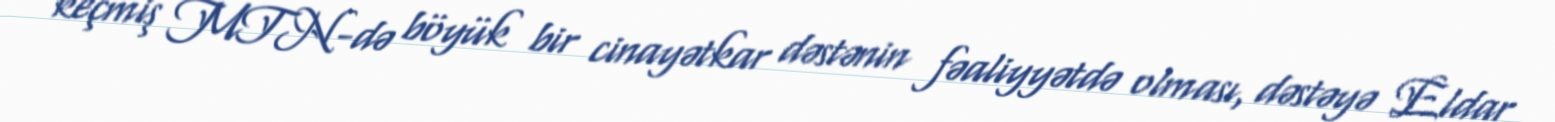
keçmiş MTN-də böyük bir cinayətkar dəstənin fəaliyyətdə olması, dəstəyə Eldar